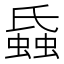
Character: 𧎪